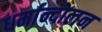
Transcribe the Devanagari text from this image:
धर्मान्दोलन